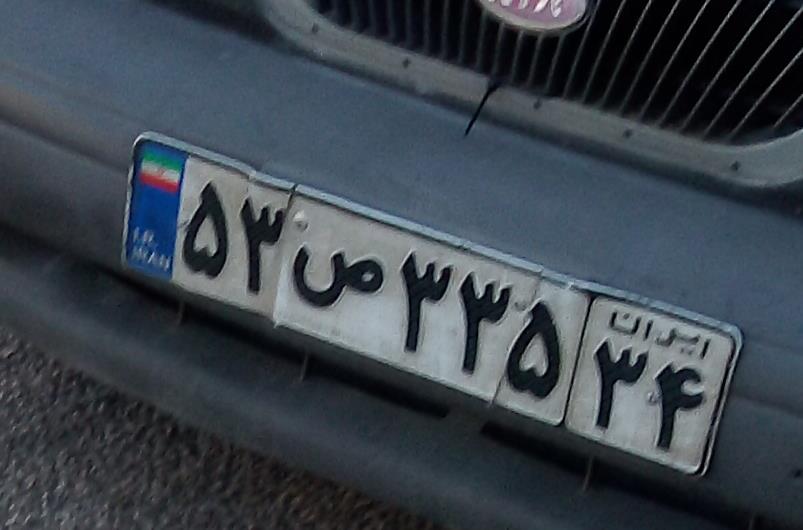
۵۳ص۳۳۵۳۴